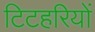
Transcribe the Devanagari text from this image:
टिटहरियों